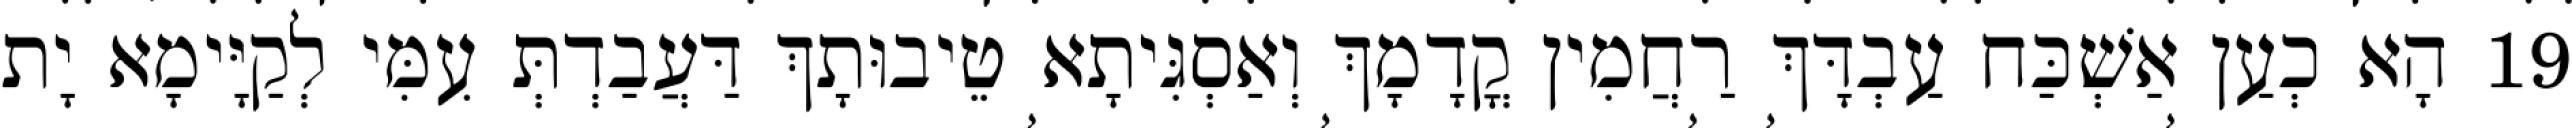
19 הָא כְעַן אַשְׁכַּח עַבְדָּךְ רַחֲמִין קֳדָמָךְ וְאַסְגִּיתָא טֵיבוּתָךְ דַּעֲבַדְתְּ עִמִּי לְקַיָּימָא יָת